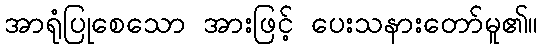
အာရုံပြုစေသော အားဖြင့် ပေးသနားတော်မူ၏။